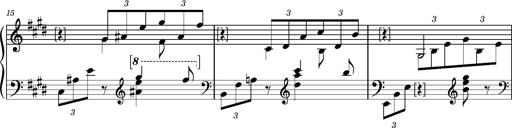
Title: PrÃ©ludes et Harmonies poÃ©tiques et religieuses
Composer: Franz Liszt